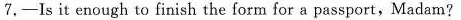
7.-Is it enough to finish the form for a passport,Madam?